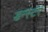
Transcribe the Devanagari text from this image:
डन्स्टर